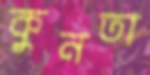
কুনতা